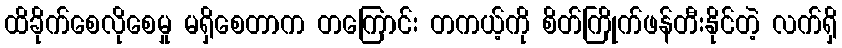
ထိခိုက်စေလိုစေမှု မရှိစေတာက တကြောင်း တကယ့်ကို စိတ်ကြိုက်ဖန်တီးနိုင်တဲ့ လက်ရှိ